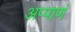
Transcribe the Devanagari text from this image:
अप्पाणं